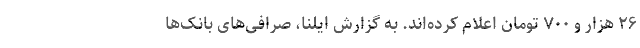
۲۶ هزار و ۷۰۰ تومان اعلام کرده‌اند. به گزارش ایلنا، صرافی‌های بانک‌ها